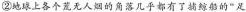
②地球上各个荒无人烟的角落几乎都有了捕鲸船的”足